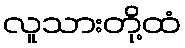
လူသားတို့ထံ